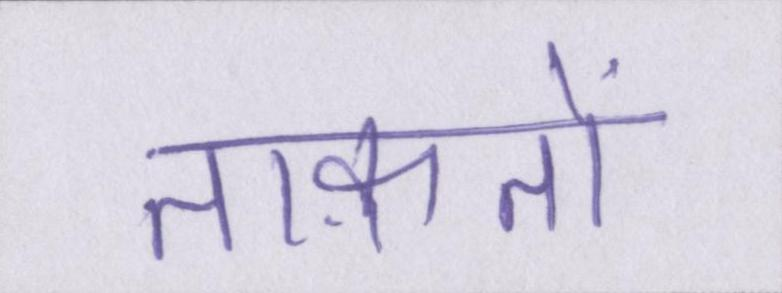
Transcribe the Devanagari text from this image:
ताक़तों